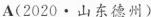
A(2020·山东德州)